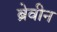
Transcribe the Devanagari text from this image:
ब्रेवीन